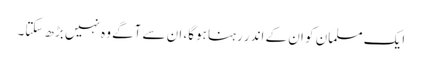
ایک مسلمان کو ان کے اندر رہنا ہوگا، ان سے آگے وہ نہیں بڑھ سکتا۔